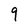
Character: 9